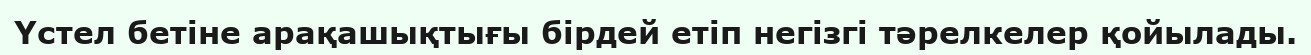
Үстел бетіне арақашықтығы бірдей етіп негізгі тәрелкелер қойылады.